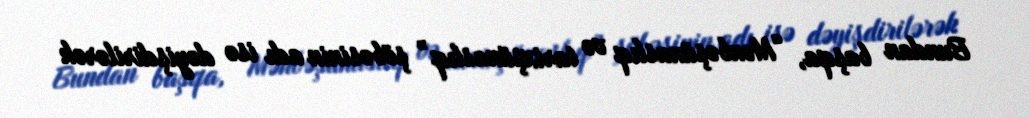
Bundan başqa, “Mənbəşünaslıq və tarixşünaslıq” şöbəsinin adı isə dəyişdirilərək